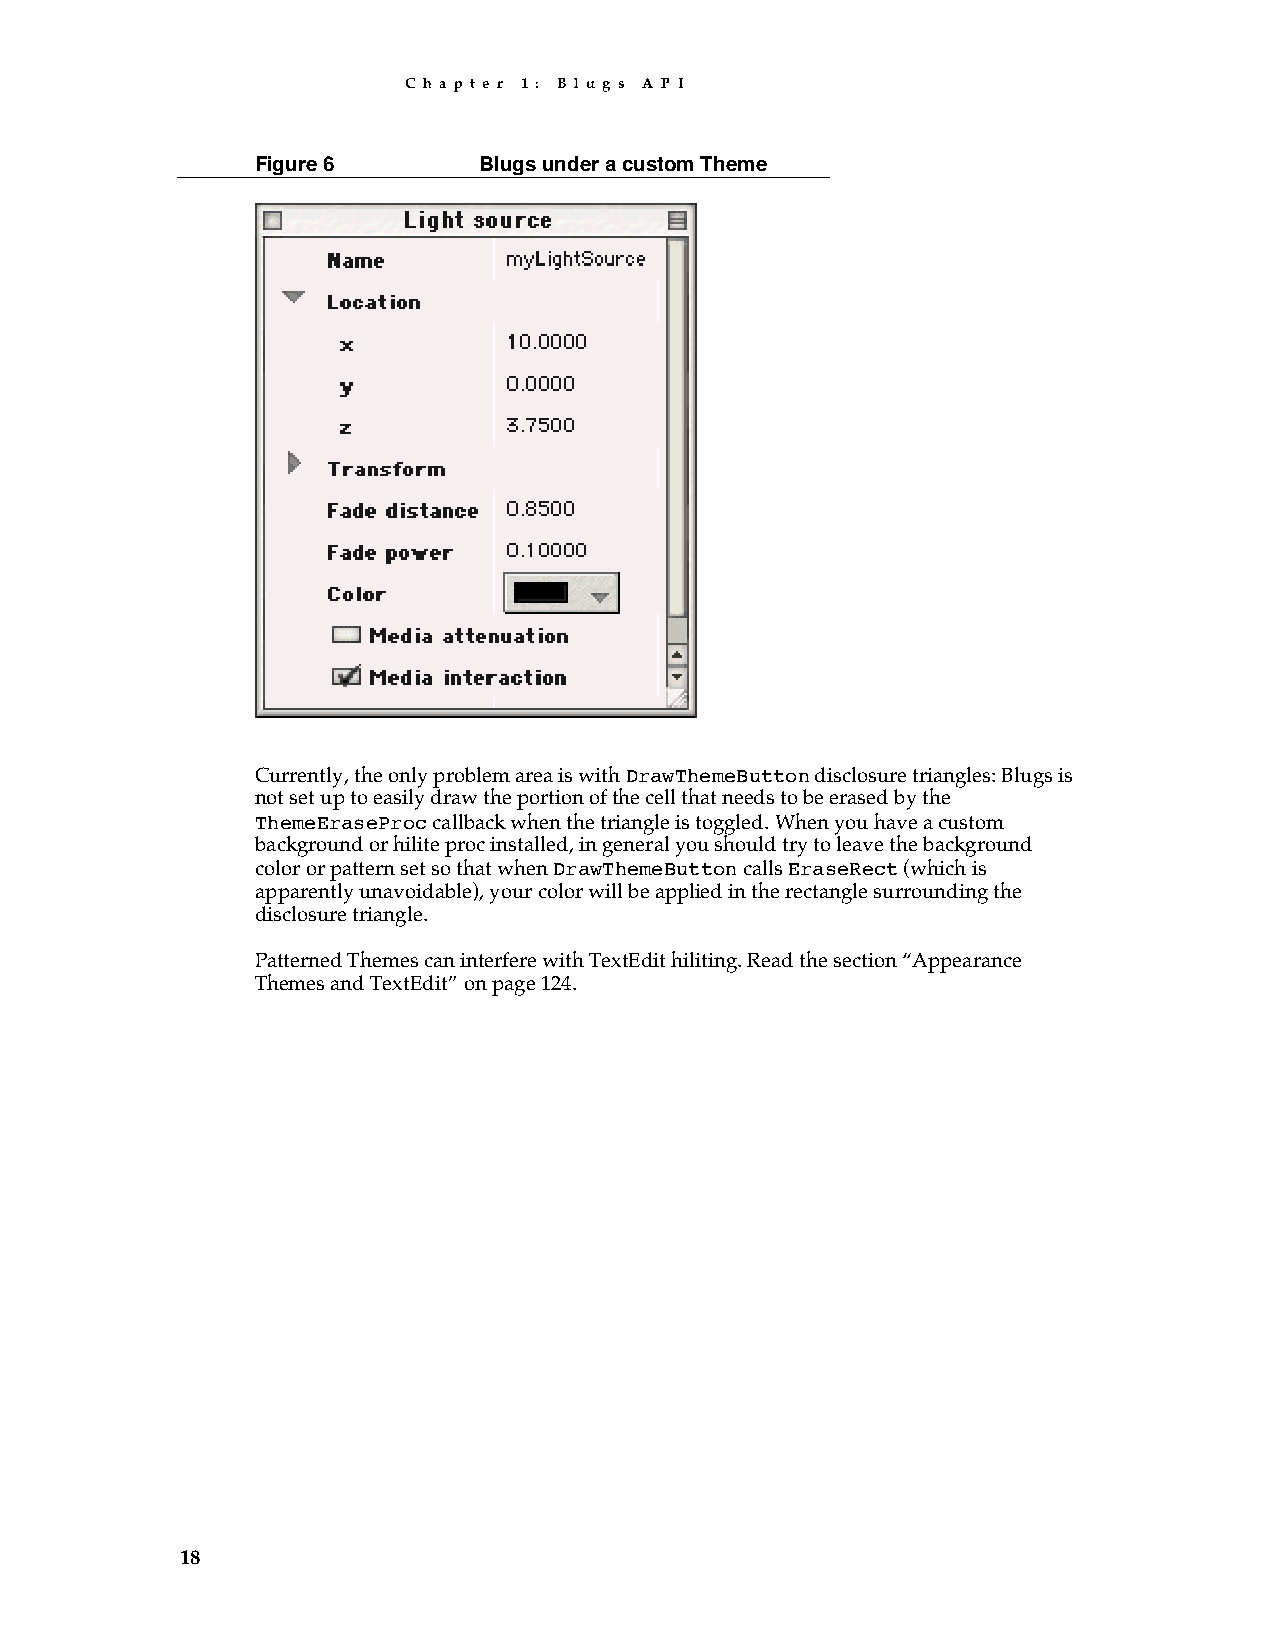
C h a p t e r 1 : B l u g s A P I
 Figure 6       Blugs under a custom Theme
 Currently, the only problem area is with DrawThemeButton disclosure triangles: Blugs is
 not set up to easily draw the portion of the cell that needs to be erased by the
 ThemeEraseProc callback when the triangle is toggled. When you have a custom
 background or hilite proc installed, in general you should try to leave the background
 color or pattern set so that when DrawThemeButton calls EraseRect (which is
 apparently unavoidable), your color will be applied in the rectangle surrounding the
 disclosure triangle.
 Patterned Themes can interfere with TextEdit hiliting. Read the section “Appearance
 Themes and TextEdit” on page 124.
 18